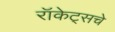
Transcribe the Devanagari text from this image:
रॉकेट्‌सचे